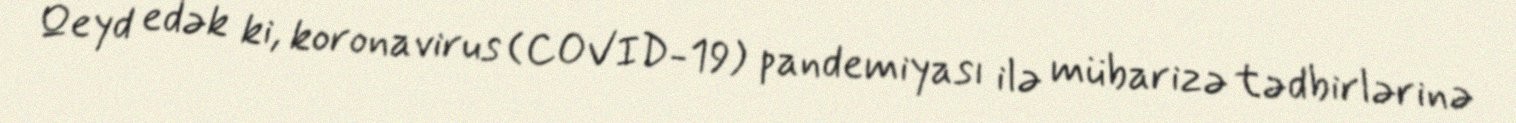
Qeyd edək ki, koronavirus (COVID-19) pandemiyası ilə mübarizə tədbirlərinə